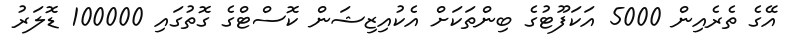
އޭގެ ތެރެއިން 5000 އަކަފޫޓުގެ ބިންތަކަށް އެކުއިޒިޝަން ކޮސްޓްގެ ގޮތުގައި 100000 ޑޮލަރު